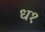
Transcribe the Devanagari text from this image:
ध१